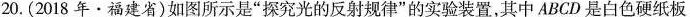
20.(2018年·福建省)如图所示是”探究光的反射规律”的实验装置，其中ABCD是白色硬纸板